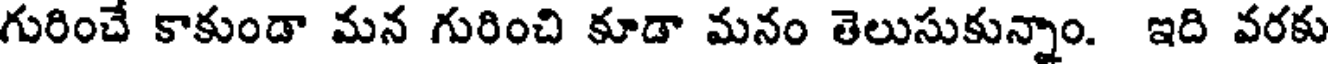
గురించే కాకుండా మన గురించి కూడా మనం తెలుసుకున్నాం. ఇది వరకు